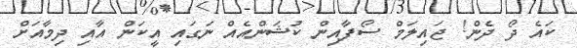
ކައެ ދޯ ދެން! ޖައިލަމް ސޯފާއިން ކުޝަންއެއް ނަގައި އީކަން އާއި ދިމާއަށް